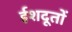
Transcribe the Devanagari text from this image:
ईशदूतों